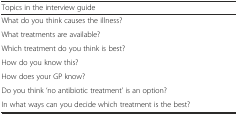
<table><thead><tr><td><b>Topics in the interview guide</b></td><td></td></tr></thead><tbody><tr><td>What do you think causes the illness?</td><td></td></tr><tr><td>What treatments are available?</td><td></td></tr><tr><td>Which treatment do you think is best?</td><td></td></tr><tr><td>How do you know this?</td><td></td></tr><tr><td>How does your GP know?</td><td></td></tr><tr><td>Do you think ‘no antibiotic treatment’ is an option?</td><td></td></tr><tr><td>In what ways can you decide which treatment is the best?</td><td></td></tr></tbody></table>